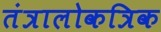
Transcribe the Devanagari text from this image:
तंत्रालोकत्रिक